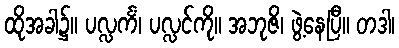
ထိုအခါ၌။ ပလ္လင်္ကံ၊ ပလ္လင်ကို။ အဘုဇိ၊ ဖွဲ့နေပြီ။ တဒါ၊